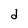
Character: d